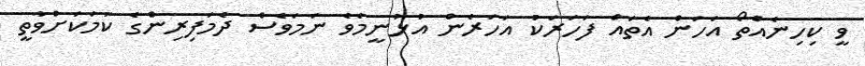
ވީ ކިހިނެއްތޯ އަހަން އެތައް ފަހަރަކު އަހަރެން އުޅުނީމެވެ ނަމަވެސް ދެމަފިރިންގެ ކަމަކަށްވާތީ